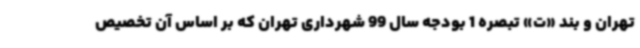
تهران و بند «ت» تبصره 1 بودجه سال 99 شهرداری تهران که بر اساس آن تخصیص